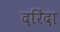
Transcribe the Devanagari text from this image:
दरिंदा